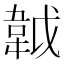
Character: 𩎙